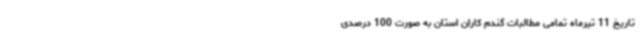
تاریخ 11 تیرماه تمامی مطالبات گندم کاران استان به صورت 100 درصدی